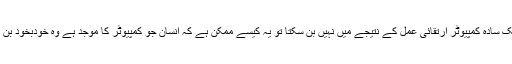
جب ایک سادہ کمپیوٹر ارتقائی عمل کے نتیجے میں نہیں بن سکتا تو یہ کیسے ممکن ہے کہ انسان جو کمپیوٹر کا موجد ہے وہ خودبخود بن گیا ہو؟